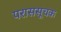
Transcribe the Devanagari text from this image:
पराससूचक